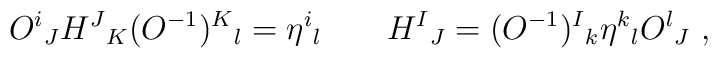
O^i{}_JH^J{}_K(O^{-1})^K{}_l=\eta^i{}_l\qquad H^I{}_J=(O^{-1})^I{}_k\eta^k{}_lO^l{}_J\ ,